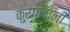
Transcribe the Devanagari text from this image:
कुरंगावाली